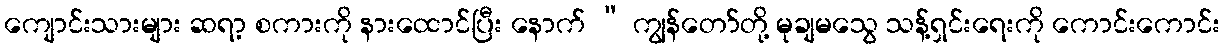
ကျောင်းသားများ ဆရာ့ စကားကို နားထောင်ပြီး နောက် “ ကျွန်တော်တို့ မုချမသွေ သန့်ရှင်းရေးကို ကောင်းကောင်း